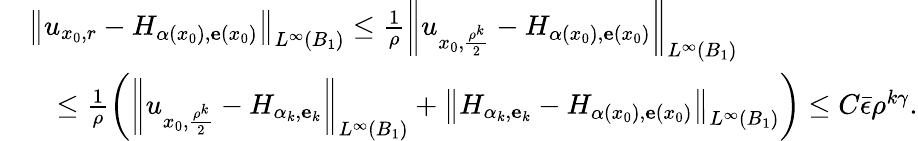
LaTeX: \begin{array}{rl}&{\left\| u_{x_{0},r}-H_{\alpha(x_{0}),\textbf{e}(x_{0})}\right\| _{L^{\infty}(B_{1})}\le\frac 1\rho\left\| u_{x_{0},\frac{\rho^{k}}2}-H_{\alpha(x_{0}),\textbf{e}(x_{0})}\right\| _{L^{\infty}(B_{1})}}\\ &{\quad\le\frac 1\rho\left(\left\| u_{x_{0},\frac{\rho^{k}}2}-H_{\alpha_{k},\textbf{e}_{k}}\right\| _{L^{\infty}(B_{1})}+\left\| H_{\alpha_{k},\textbf{e}_{k}}-H_{\alpha(x_{0}),\textbf{e}(x_{0})}\right\| _{L^{\infty}(B_{1})}\right)\le C\bar{\epsilon}\rho^{k\gamma}.}\end{array}